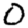
Digit: 0